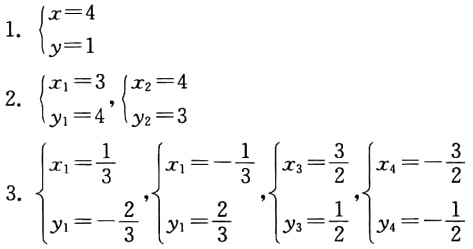
1. $\begin{cases}x = 4\\y = 1\end{cases}$
2. $\begin{cases}x_1 = 3\\y_1 = 4\end{cases}$, $\begin{cases}x_2 = 4\\y_2 = 3\end{cases}$
3. $\begin{cases}x_1=\frac{1}{3}\\y_1 = -\frac{2}{3}\end{cases}$, $\begin{cases}x_1=-\frac{1}{3}\\y_1 = \frac{2}{3}\end{cases}$, $\begin{cases}x_3=\frac{3}{2}\\y_3 = \frac{1}{2}\end{cases}$, $\begin{cases}x_4=-\frac{3}{2}\\y_4 = -\frac{1}{2}\end{cases}$